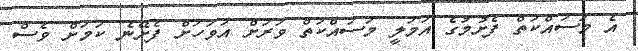
އެ މަސައްކަތް ފެށުމުގެ އަމަލީ މަސައްކަތް ވަރަށް އަވަހަށް ފެށޭނެ ކަމަށް ވެސް